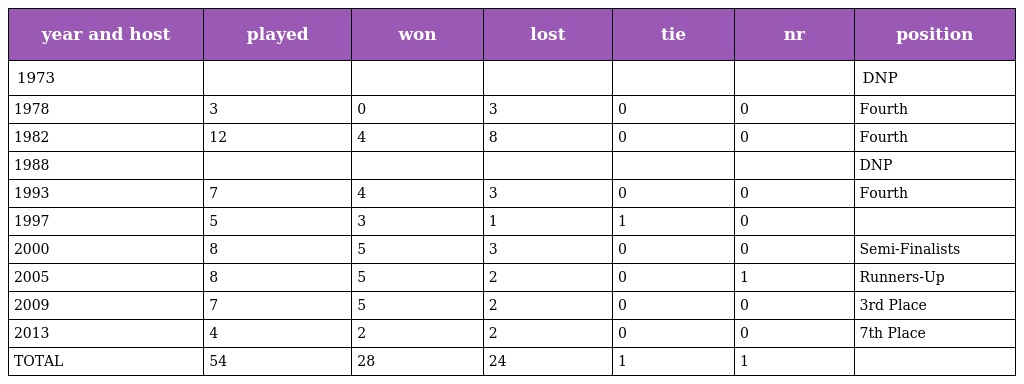
| year and host | played | won | lost | tie | nr | position |
 | --- | --- | --- | --- | --- | --- | --- |
 | 1973 |  |  |  |  |  | DNP |
 | 1978 | 3 | 0 | 3 | 0 | 0 | Fourth |
 | 1982 | 12 | 4 | 8 | 0 | 0 | Fourth |
 | 1988 |  |  |  |  |  | DNP |
 | 1993 | 7 | 4 | 3 | 0 | 0 | Fourth |
 | 1997 | 5 | 3 | 1 | 1 | 0 |  |
 | 2000 | 8 | 5 | 3 | 0 | 0 | Semi-Finalists |
 | 2005 | 8 | 5 | 2 | 0 | 1 | Runners-Up |
 | 2009 | 7 | 5 | 2 | 0 | 0 | 3rd Place |
 | 2013 | 4 | 2 | 2 | 0 | 0 | 7th Place |
 | TOTAL | 54 | 28 | 24 | 1 | 1 |  |